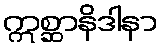
ဣစ္ဆာနိဒါနာ